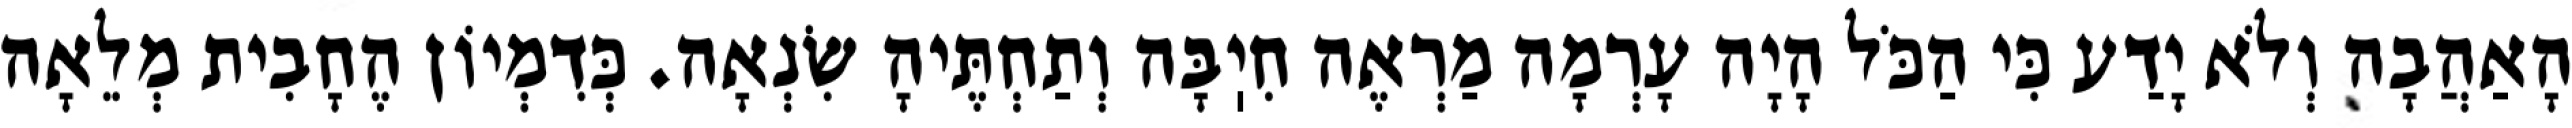
הָאַהֲבָה וְלֹא יָדַע כִּי הַכֹּל הָיָה עָרְמָה מַרְאֶה חִיֽבָּה וְתַחְתֶּיהָ שִׂנְאָה. כְּדִמְיוֹן הֶחָבִית מְלֵאָה